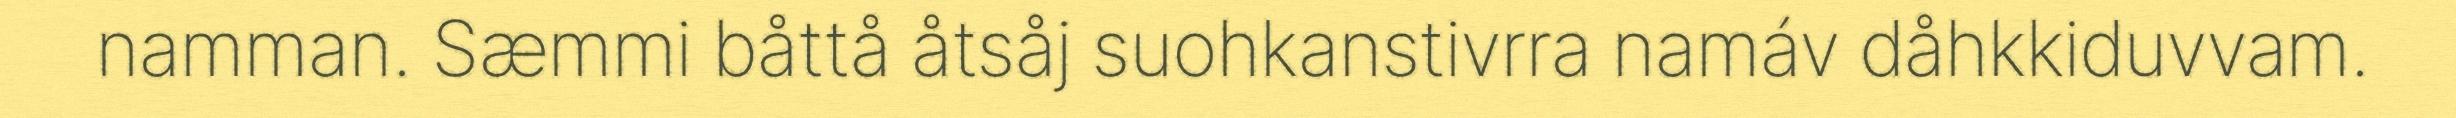
namman. Sæmmi båttå åtsåj suohkanstivrra namáv dåhkkiduvvam.